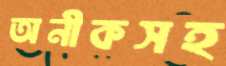
অনীকসহ